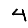
Digit: 4